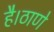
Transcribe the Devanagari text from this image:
है।ठाणे